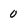
Character: 0